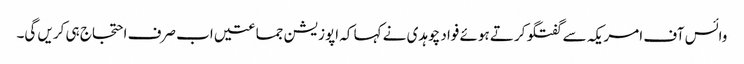
وائس آف امریکہ سے گفتگو کرتے ہوئے فواد چوہدی نے کہا کہ اپوزیشن جماعتیں اب صرف احتجاج ہی کریں گی۔